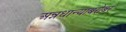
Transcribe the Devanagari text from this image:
अन्नधान्याबरोबर